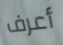
أعرف